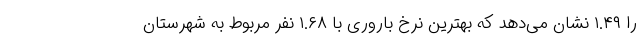
را ۱.۴۹ نشان می‌دهد که بهترین نرخ باروری با ۱.۶۸ نفر مربوط به شهرستان